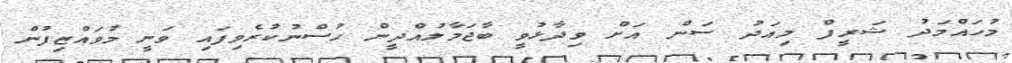
މުހައްމަދު ޝަރީފް މިއަދު ސަން އަށް ވިދާޅުވީ ބާޖަމާލުއްދީން ހުސްނުކުރެވިފައި ވަނީ މުވައްޒިފުން